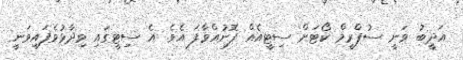
އަދީބު ވަނީ ސުޕްރީމް ކޯޓަށް ސިޓީއެއް ފޮނުއްވާފަ އެވެ. އެ ސިޓީގައި ވިދާޅުވެފައިވަނީ